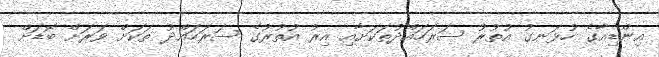
އިންޑިއާގެ ހުޅަނގު އުތުރު ސަރަހައްދުތަކަށާއި އިރު އުތުރުގެ ސަރަހައްދު ތަކަށް ވަރަށް ބޮޑަށް